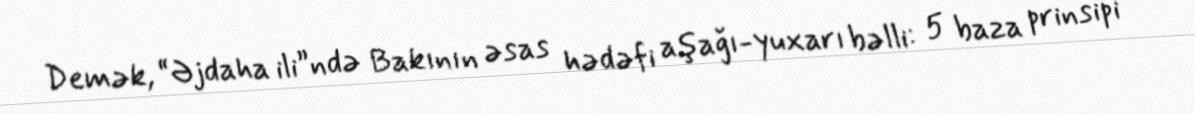
Demək, “Əjdaha ili”ndə Bakının əsas hədəfi aşağı-yuxarı bəlli: 5 baza prinsipi